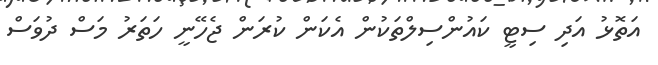
އަތޮޅު އަދި ސިޓީ ކައުންސިލްތަކުން އެކަން ކުރަން ޖެހޭނީ ހަތަރު މަސް ދުވަސް